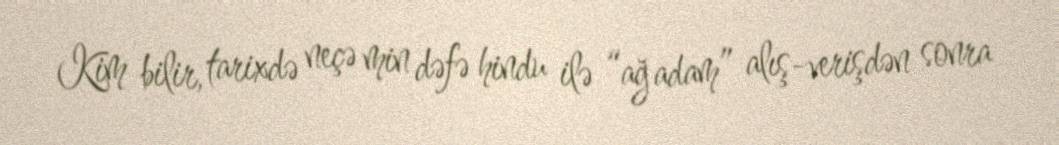
Kim bilir, tarixdə neçə min dəfə hindu ilə “ağ adam” alış-verişdən sonra